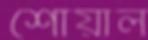
শোয়াল